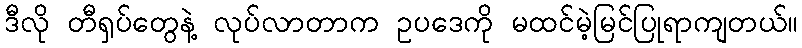
ဒီလို တီရှပ်တွေနဲ့ လုပ်လာတာက ဥပဒေကို မထင်မဲ့မြင်ပြုရာကျတယ်။